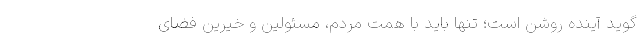
گوید آینده روشن است؛ تنها باید با همت مردم، مسئولین و خیرین فضای